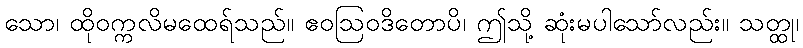
သော၊ ထိုဝက္ကလိမထေရ်သည်။ ဧဝဩဝဒိတောပိ၊ ဤသို့ ဆုံးမပါသော်လည်း။ သတ္ထု၊